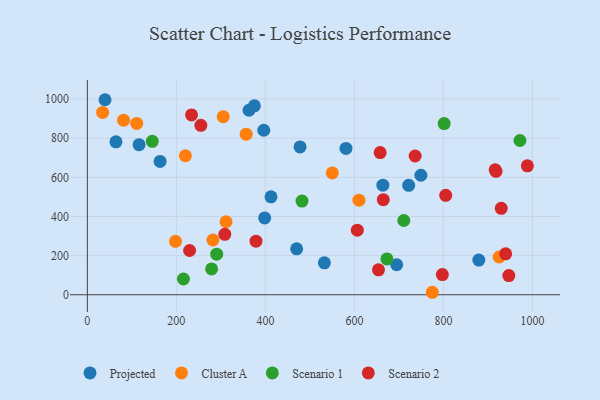
{"axis": {"x": "Investment", "y": "Profit"}, "legend": ["Cluster A", "Projected", "Scenario 1", "Scenario 2"], "data": [{"x": "398.4", "y": 392.4, "type": "Projected"}, {"x": "532.6", "y": 163.3, "type": "Projected"}, {"x": "477.9", "y": 755.1, "type": "Projected"}, {"x": "664.0", "y": 559.7, "type": "Projected"}, {"x": "749.4", "y": 610.4, "type": "Projected"}, {"x": "116.2", "y": 766.9, "type": "Projected"}, {"x": "879.6", "y": 177.2, "type": "Projected"}, {"x": "581.1", "y": 747.7, "type": "Projected"}, {"x": "163.4", "y": 681.1, "type": "Projected"}, {"x": "396.4", "y": 840.4, "type": "Projected"}, {"x": "695.1", "y": 153.4, "type": "Projected"}, {"x": "39.7", "y": 996.3, "type": "Projected"}, {"x": "470.3", "y": 234.9, "type": "Projected"}, {"x": "412.6", "y": 500.4, "type": "Projected"}, {"x": "722.0", "y": 558.9, "type": "Projected"}, {"x": "64.2", "y": 781.2, "type": "Projected"}, {"x": "363.3", "y": 942.5, "type": "Projected"}, {"x": "375.2", "y": 965.0, "type": "Projected"}, {"x": "925.3", "y": 193.0, "type": "Cluster A"}, {"x": "220.3", "y": 710.0, "type": "Cluster A"}, {"x": "34.3", "y": 931.3, "type": "Cluster A"}, {"x": "550.3", "y": 622.4, "type": "Cluster A"}, {"x": "775.1", "y": 12.7, "type": "Cluster A"}, {"x": "305.3", "y": 909.6, "type": "Cluster A"}, {"x": "356.8", "y": 820.3, "type": "Cluster A"}, {"x": "110.9", "y": 875.2, "type": "Cluster A"}, {"x": "610.3", "y": 483.3, "type": "Cluster A"}, {"x": "311.6", "y": 372.9, "type": "Cluster A"}, {"x": "198.1", "y": 273.1, "type": "Cluster A"}, {"x": "81.4", "y": 892.0, "type": "Cluster A"}, {"x": "282.1", "y": 279.8, "type": "Cluster A"}, {"x": "145.9", "y": 783.8, "type": "Scenario 1"}, {"x": "801.7", "y": 874.4, "type": "Scenario 1"}, {"x": "673.1", "y": 183.0, "type": "Scenario 1"}, {"x": "482.3", "y": 478.8, "type": "Scenario 1"}, {"x": "215.9", "y": 80.6, "type": "Scenario 1"}, {"x": "711.0", "y": 379.3, "type": "Scenario 1"}, {"x": "290.6", "y": 207.4, "type": "Scenario 1"}, {"x": "972.0", "y": 788.0, "type": "Scenario 1"}, {"x": "279.2", "y": 131.8, "type": "Scenario 1"}, {"x": "657.9", "y": 726.1, "type": "Scenario 2"}, {"x": "947.0", "y": 98.2, "type": "Scenario 2"}, {"x": "654.2", "y": 127.6, "type": "Scenario 2"}, {"x": "916.3", "y": 638.5, "type": "Scenario 2"}, {"x": "930.0", "y": 441.7, "type": "Scenario 2"}, {"x": "988.7", "y": 658.4, "type": "Scenario 2"}, {"x": "664.9", "y": 485.8, "type": "Scenario 2"}, {"x": "736.5", "y": 708.8, "type": "Scenario 2"}, {"x": "308.8", "y": 308.6, "type": "Scenario 2"}, {"x": "797.7", "y": 103.1, "type": "Scenario 2"}, {"x": "255.0", "y": 865.7, "type": "Scenario 2"}, {"x": "918.3", "y": 630.7, "type": "Scenario 2"}, {"x": "229.7", "y": 226.0, "type": "Scenario 2"}, {"x": "939.9", "y": 209.0, "type": "Scenario 2"}, {"x": "606.6", "y": 330.0, "type": "Scenario 2"}, {"x": "378.9", "y": 273.8, "type": "Scenario 2"}, {"x": "234.1", "y": 918.4, "type": "Scenario 2"}, {"x": "805.2", "y": 508.0, "type": "Scenario 2"}]}